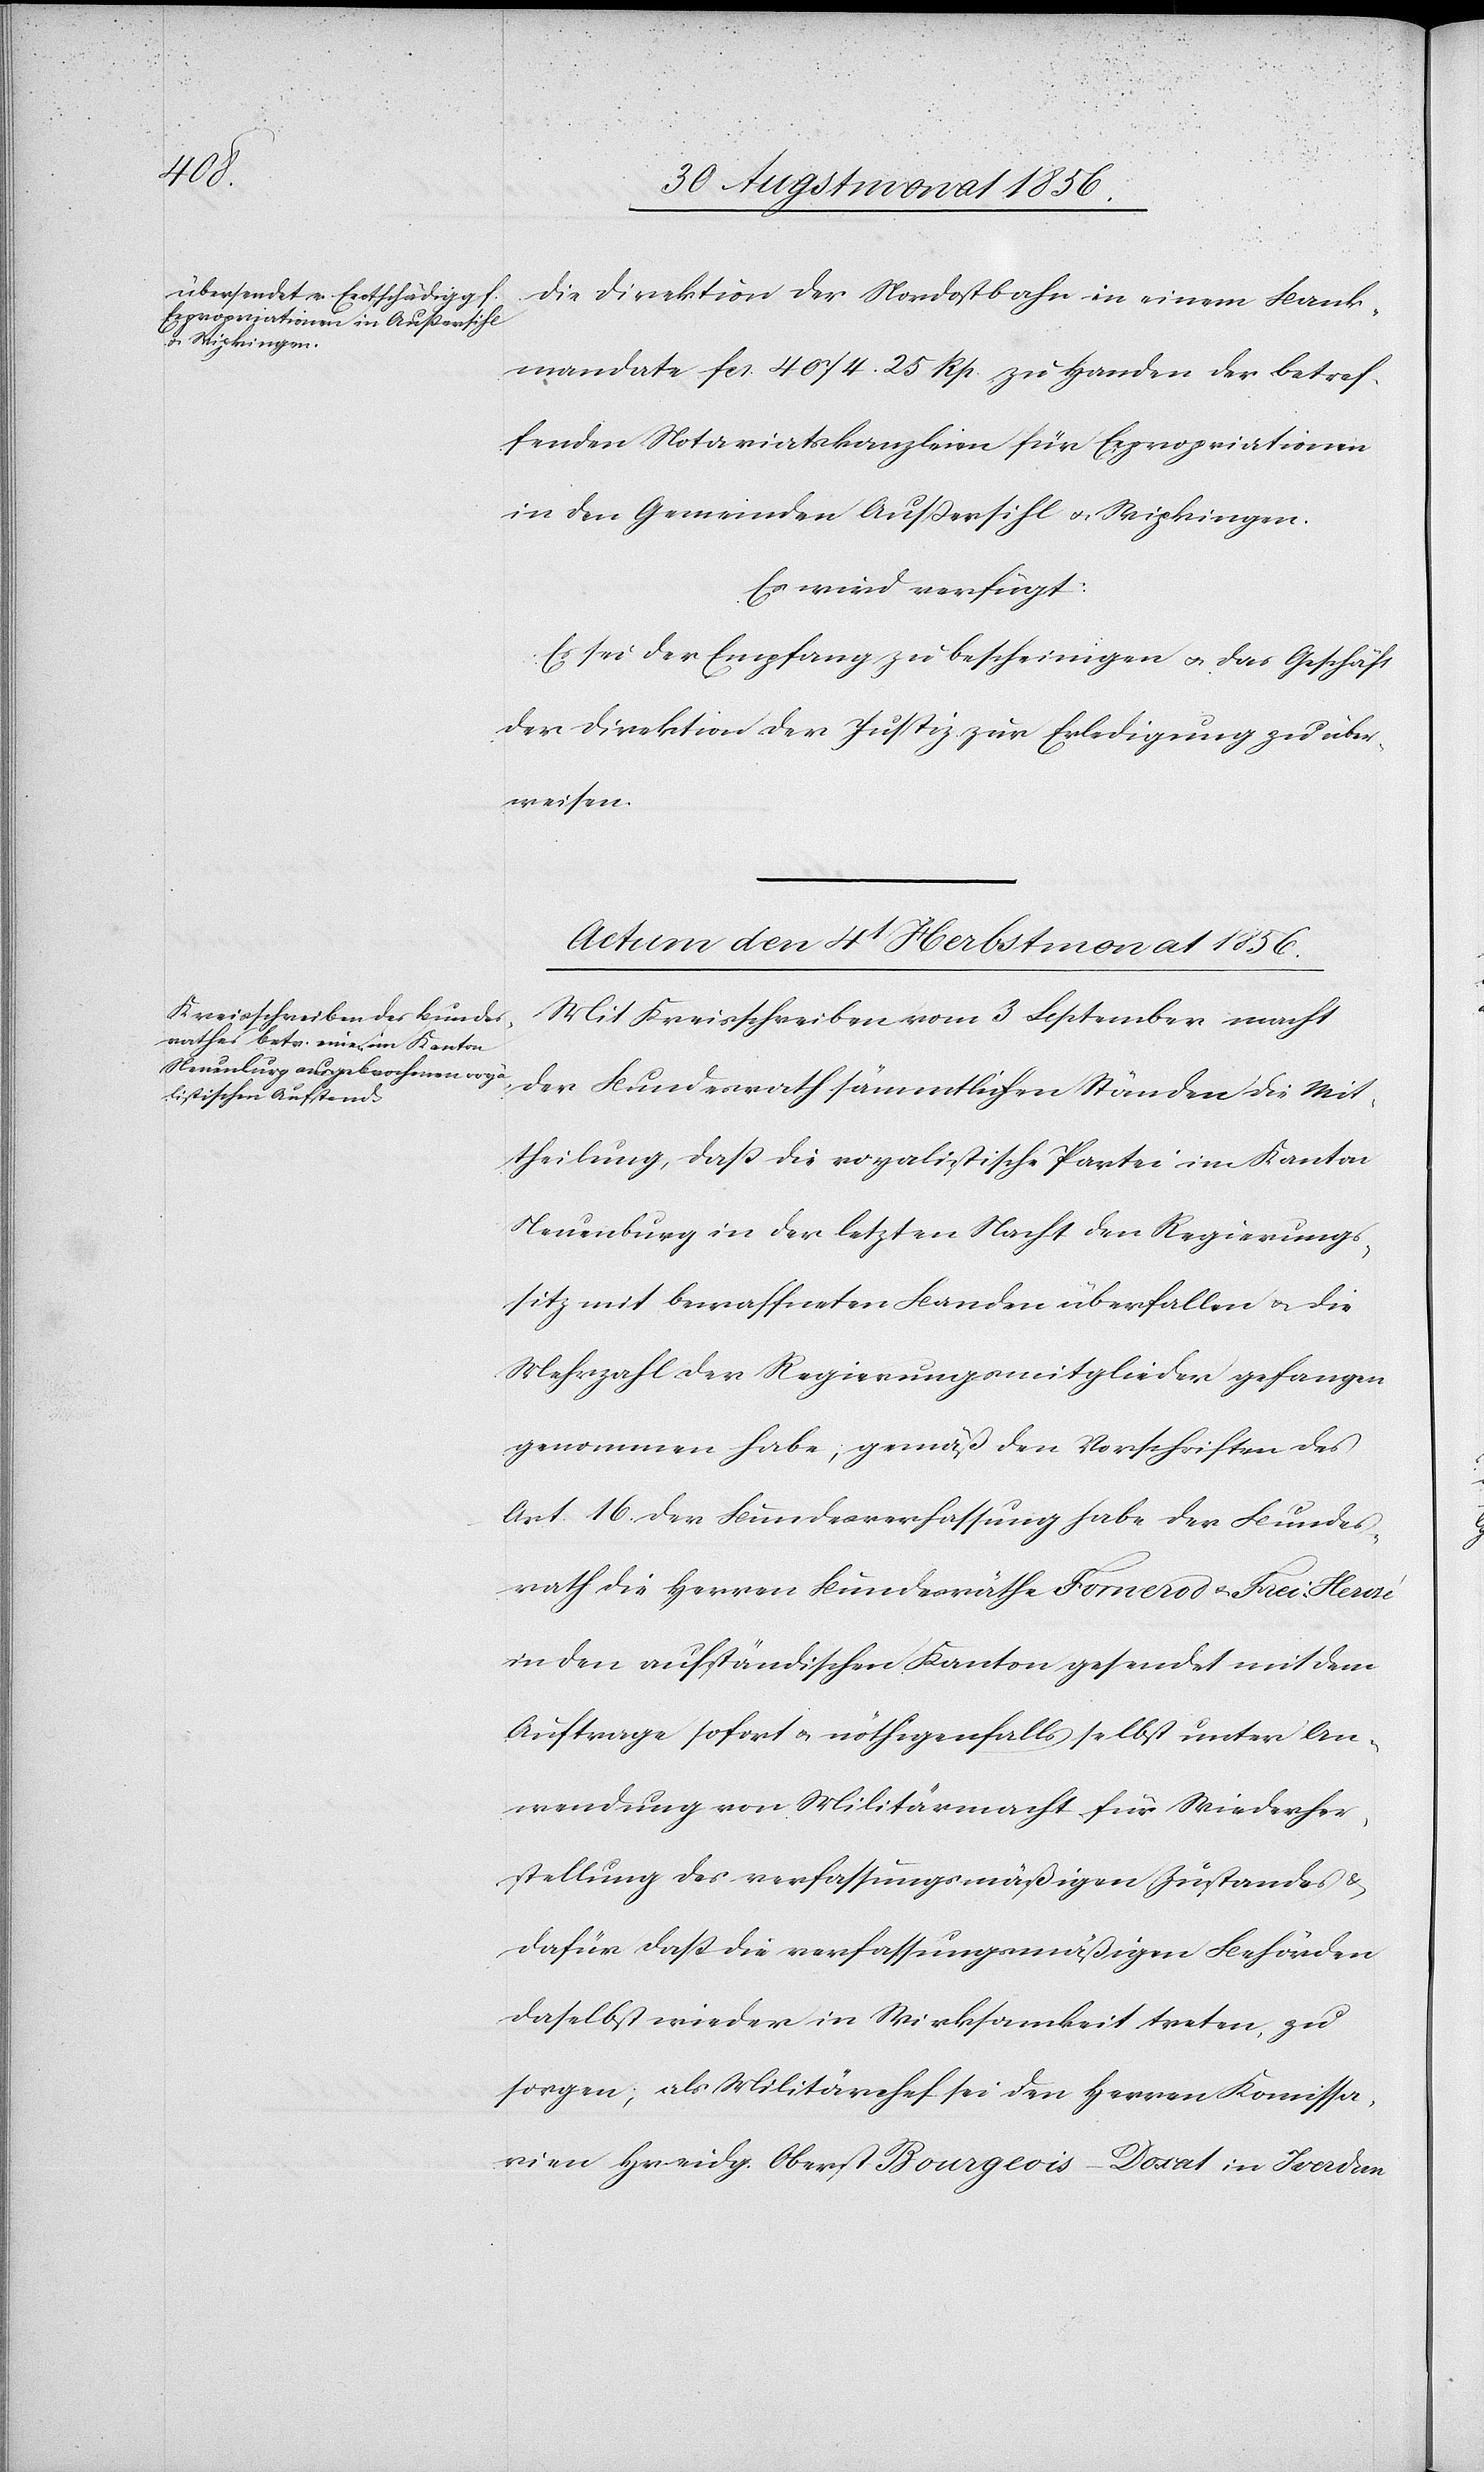
die Direktion der Nordostbahn in einem Bank¬
mandate fcs. 4074. 25 Rp. zu Handen der betref¬
fenden Notariatskanzleien für Expropriationen
in den Gemeinden Außersihl u. Wipkingen.
Es wird verfügt:
Es sei der Empfang zu bescheinigen u. das Geschäft
der Direktion der Justiz zur Erledigung zu über¬
weisen.
Actum den 4t Herbstmonat 1856.
Mit Kreisschreiben vom 3 September macht
der Bundesrath sämmtlichen Ständen die Mit¬
theilung, dass die royalistische Partei im Kanton
Neuenburg in der letzten Nacht den Regierungs¬
sitz mit bewaffneten Banden überfallen u. die
Mehrzahl der Regierungsmitglieder gefangen
genommen habe; gemäß den Vorschriften des
Art. 16. der Bundesverfassung habe der Bundes¬
rath die Herren Bundesräthe Fornerod u. Frei-Herozé
in den aufständischen Kanton gesendet mit dem
Auftrage sofort u. nöthigenfalls selbst unter An¬
wendung von Militärmacht für Wiederher¬
stellung des verfassungsmäßigen Zustandes &
dafür dass die verfassungsmäßigen Behörden
daselbst wieder in Wirksamkeit treten, zu
sorgen; als Militärchef sei den Herren Kommissa¬
rien Hr eidg. Oberst Bourgeois-Doxat in Iverdan